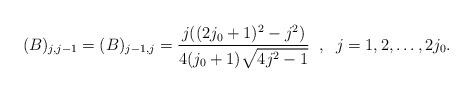
LaTeX: \begin{align*}(B)_{j,j-1}=(B)_{j-1,j}=\frac{j((2j_0+1)^2-j^2)}{4(j_0+1)\sqrt{4j^2-1}}\;\;,\;\; j=1,2,\ldots,2j_0.\end{align*}